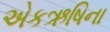
એકઋષિના